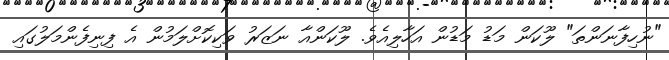
"ނުހިފާނަންތަ" ލޫކަން މަޑު މަޑުން އަހާލިއެވެ. ލޫކަންއާ ނަޒަރު ވަކިކޮށްލަމުން އެ ފިނިފެންމަލުގައި